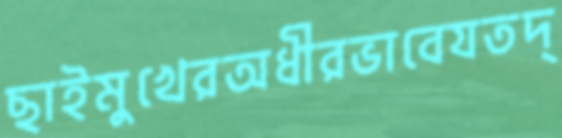
ছাইমুখেরঅধীরভাবেযতদ্